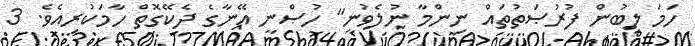
ހަމަ ލިބުން ފުރުޞަތުތައް ނިންމާ ނުލެވުނީ" ހުޞްނީ އޭނާގެ ދެކޭގޮތް ހާމަކުރިއެވެ. 3